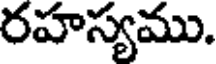
రహస్యము.